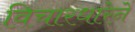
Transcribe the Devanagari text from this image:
विचारधारेने